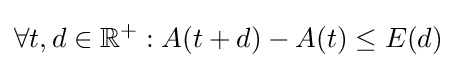
\forall t,d\in \mathbb {R} ^{+}:A(t+d)-A(t)\leq E(d)